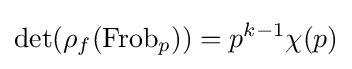
\det(\rho _{f}(\operatorname {Frob} _{p}))=p^{k-1}\chi (p)